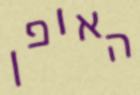
האופן